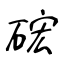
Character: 硡